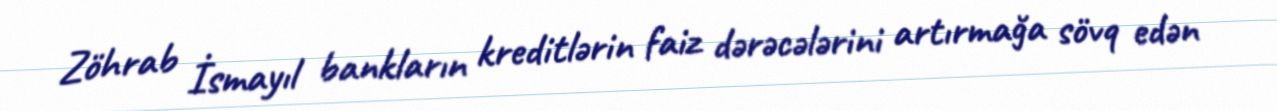
Zöhrab İsmayıl bankların kreditlərin faiz dərəcələrini artırmağa sövq edən